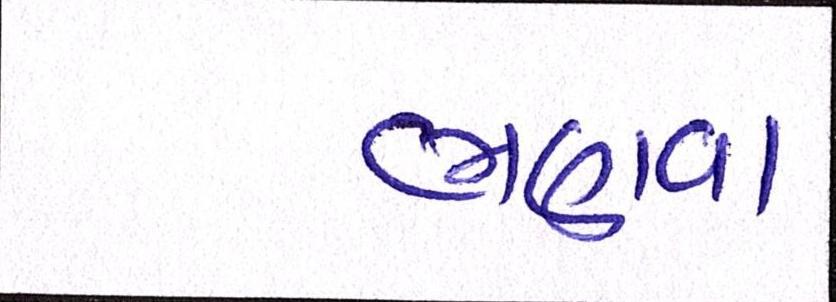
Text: ભણવા